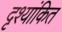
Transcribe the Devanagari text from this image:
दृश्यांकित